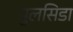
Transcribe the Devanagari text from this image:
पुलसिडा